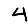
Digit: 4